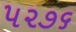
૫૨૭૬